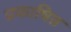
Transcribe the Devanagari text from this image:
प्रकाषित